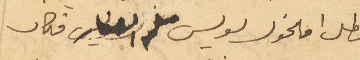
بطل اما مخول لويس فكان